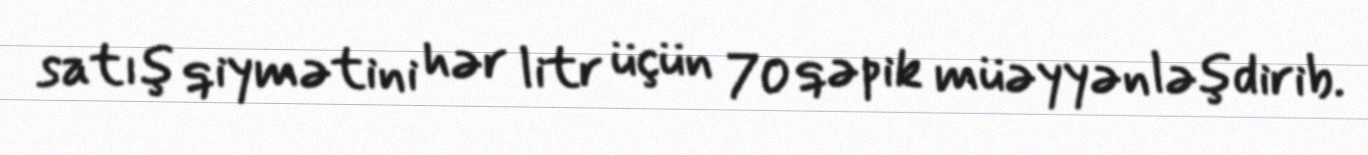
satış qiymətini hər litr üçün 70 qəpik müəyyənləşdirib.